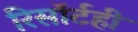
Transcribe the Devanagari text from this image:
रिसॉर्टही